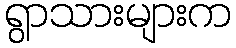
ရွာသားများက